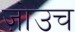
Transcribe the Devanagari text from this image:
ज़ोउच